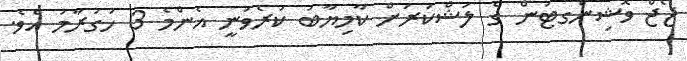
ޖޯޖް ވޮޝިންގޓަން ގެ ލަޝްކަރަށް ކާމިޔާބު ކުރެވުނީ އެންމެ 3 ހަގުރާމަ އެވެ.